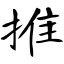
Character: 推